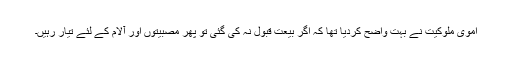
اموی ملوکیت نے بہت واضح کردیا تھا کہ اگر بیعت قبول نہ کی گئی تو پھر مصبیتوں اور آلام کے لئے تیار رہیں۔